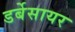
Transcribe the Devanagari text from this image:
डर्बेसायर